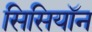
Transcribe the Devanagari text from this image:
सिसियॉन